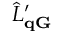
\hat { L } _ { \mathbf q \mathbf G } ^ { \prime }